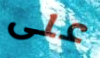
على